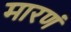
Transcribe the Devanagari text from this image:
मारणं